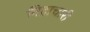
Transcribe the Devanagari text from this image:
निद्राचारी